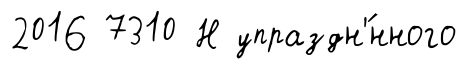
2016 7310 Н упраздн'́нного